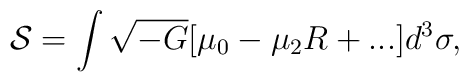
{\cal S}=\int\sqrt{-G}[\mu_0-\mu_2 R+...]d^3\sigma,